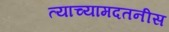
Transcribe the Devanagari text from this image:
त्याच्यामदतनीस